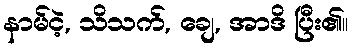
နာမ်ငဲ့, သိသက်, ချေ, အာဒိ ပြီး၏။